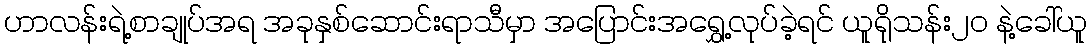
ဟာလန်းရဲ့စာချုပ်အရ အခုနှစ်ဆောင်းရာသီမှာ အပြောင်းအရွှေ့လုပ်ခဲ့ရင် ယူရိုသန်း၂၀ နဲ့ခေါ်ယူ